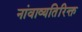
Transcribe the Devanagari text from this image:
नांवाव्यतिरिक्त